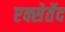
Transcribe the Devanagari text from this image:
एक्सेर्तेद